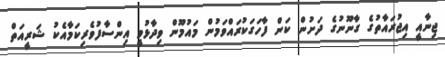
ޖިނާއީ އިޖުރައާތުގެ ގާނޫނުގެ ދަށުން ކަން ފާހަަގަކުރައްވަމުން މައުމޫން ވިދާޅުވީ އިންސާފުވެރިކަމާއެކު ޝަރީއަތް